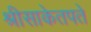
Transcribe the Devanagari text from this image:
श्रीसाकेतपते